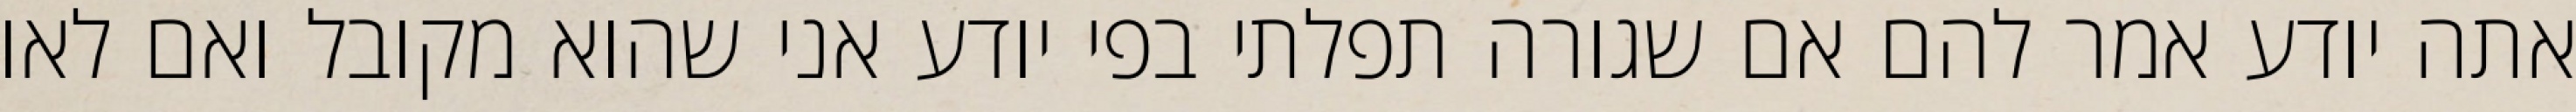
אתה יודע אמר להם אם שגורה תפלתי בפי יודע אני שהוא מקובל ואם לאו